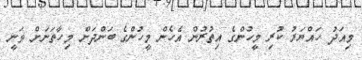
މިއަދު ހައްޔަރު ކުރި މީހުންގެ އިތުރުން އެހެން މީހުންގެ ބަންދަށް މިހާތަނަށް ވަނީ